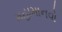
મહામાનવો